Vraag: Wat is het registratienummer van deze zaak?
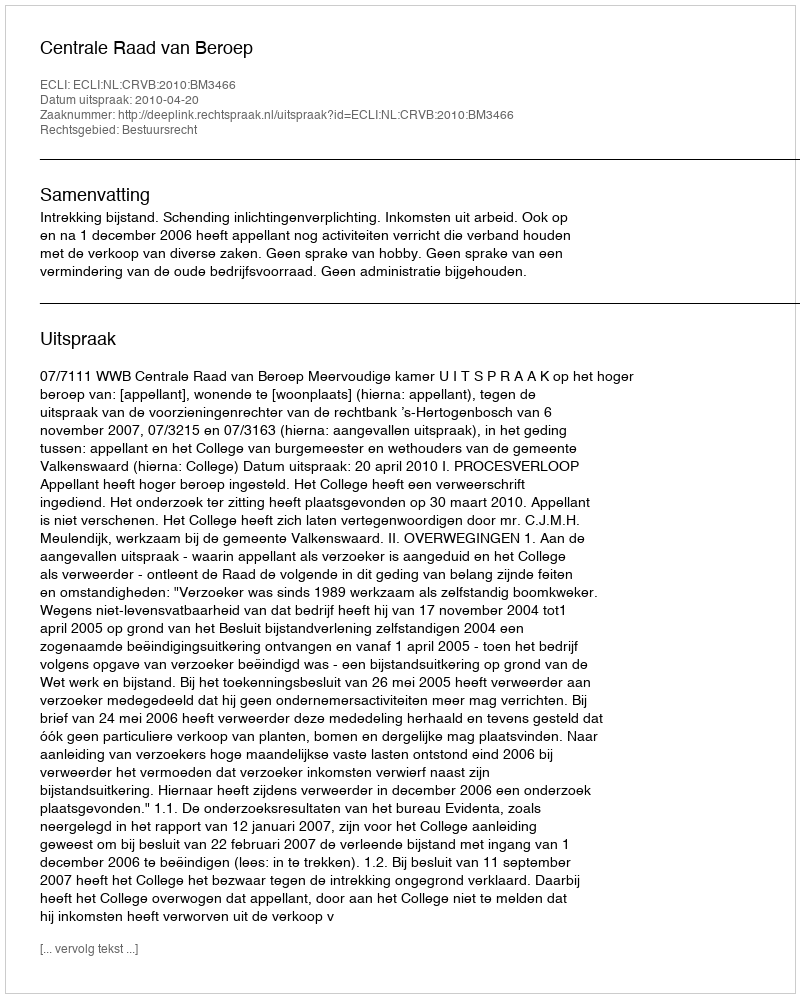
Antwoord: http://deeplink.rechtspraak.nl/uitspraak?id=ECLI:NL:CRVB:2010:BM3466